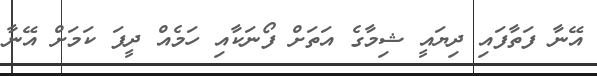
އޭނާ ފަތާފައި ދިޔައީ ޝިމާގެ އަތަށް ފޯނަކާއި ހަމެއް ދީފަ ކަމަށް އޭނާ